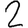
Digit: 2